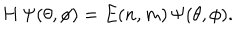
LaTeX: H \, \Psi ( \theta , \phi ) = E ( n , m ) \, \Psi ( \theta , \phi ) .